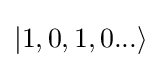
|1,0,1,0...\rangle